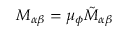
M _ { \alpha \beta } = \mu _ { \phi } \tilde { M } _ { \alpha \beta }